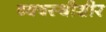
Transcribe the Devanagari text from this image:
व्यवस्थीशीर